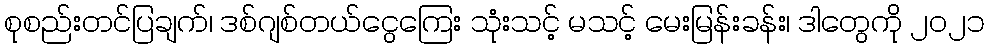
စုစည်းတင်ပြချက်၊ ဒစ်ဂျစ်တယ်ငွေကြေး သုံးသင့် မသင့် မေးမြန်းခန်း၊ ဒါတွေကို ၂၀၂၁